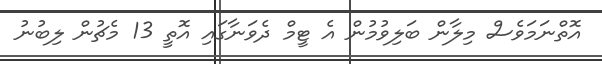
އޮތްނަމަވެސް މިލާން ބަލިވުމުން އެ ޓީމް ދެވަނާގައި އޮތީ 13 މެޗުން ލިބުނު